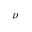
p ^ { + }